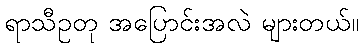
ရာသီဥတု အပြောင်းအလဲ များတယ်။